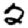
Digit: 2